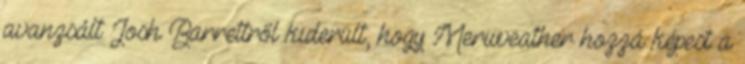
avanzsált Josh Barrettről kiderült, hogy Meriweather hozzá képest a